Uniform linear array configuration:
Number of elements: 64
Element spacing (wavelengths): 0.25
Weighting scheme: exponential
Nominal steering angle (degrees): -60
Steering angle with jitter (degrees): -59.99
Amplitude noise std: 0.05
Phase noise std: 0.05

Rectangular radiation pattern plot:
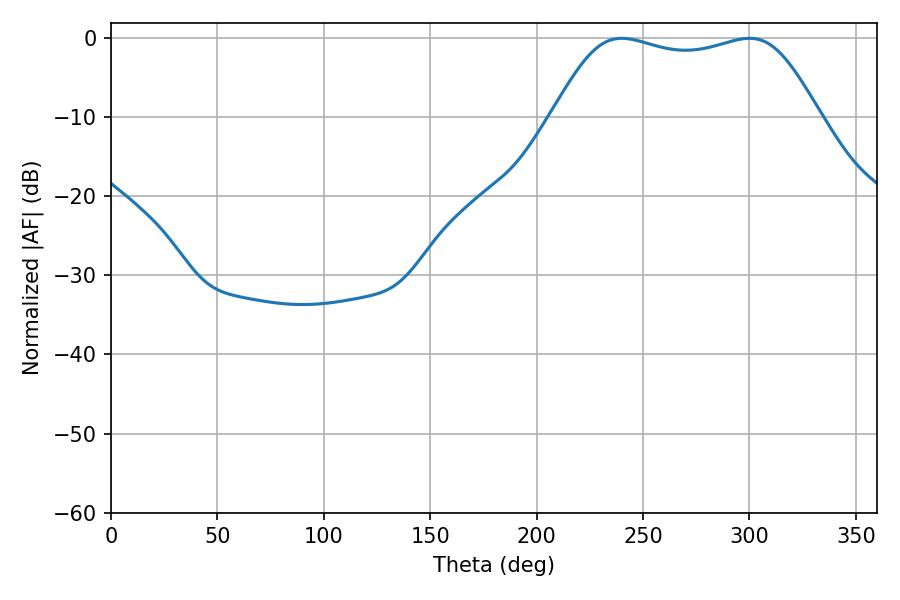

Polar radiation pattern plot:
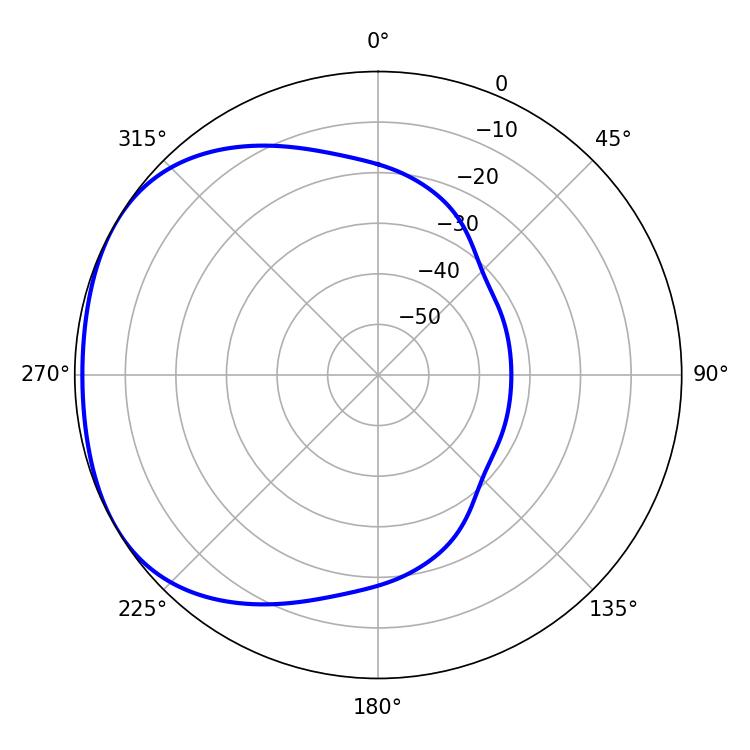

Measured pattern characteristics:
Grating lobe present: FALSE
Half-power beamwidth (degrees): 96.12
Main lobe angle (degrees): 239.94